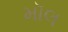
મૉલ